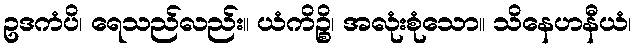
ဥဒကံပိ၊ ရေသည်လည်း။ ယံကိဉ္စိ၊ အလုံးစုံသော။ သိနေဟနီယံ၊